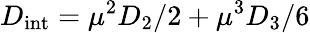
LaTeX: D_{\mathrm{int}}=\mu^{2}D_{2}/2+\mu^{3}D_{3}/6